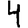
Digit: 4